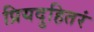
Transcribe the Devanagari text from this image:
प्रियदुहितरं